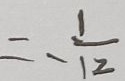
= - \frac { 1 } { 1 2 }